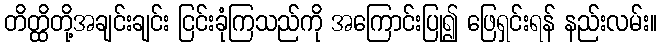
တိတ္ထိတို့အချင်းချင်း ငြင်းခုံကြသည်ကို အကြောင်းပြု၍ ဖြေရှင်းရန် နည်းလမ်း။